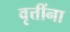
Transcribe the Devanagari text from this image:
वृत्तींना